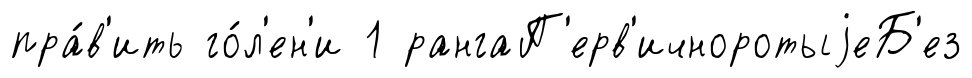
пра́в'ить го́л'ен'и 1 рангаП'ерв'ичноротыjеБ'ез